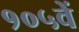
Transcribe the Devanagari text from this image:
१०५वें